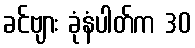
ခင်ဗျား ခုံနံပါတ်က 30